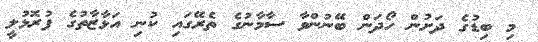
މި ބިޑުގެ ދަށުން ހޯދަން ބޭނުންވާ ސާމާނުގެ ތެރޭގައި ކުނި އަޅާޒާތުގެ ފުރޮޅުލީ